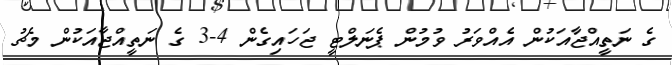
ގެ ނަތީއްޖާއަކުން އެއްވަރު ވުމުން ޕެނަލްޓީ ޖަހައިގެން 4-3 ގެ ނަތީއްޖާއަކުން މެޗު